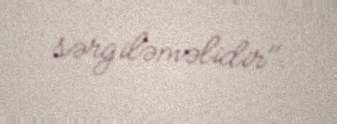
sərgiləməlidir".